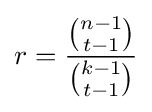
r={\frac {\tbinom {n-1}{t-1}}{\tbinom {k-1}{t-1}}}